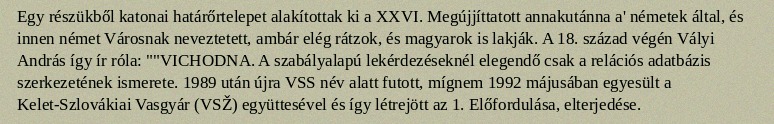
Egy részükből katonai határőrtelepet alakítottak ki a XXVI. Megújjíttatott annakutánna a' németek által, és innen német Városnak neveztetett, ambár elég rátzok, és magyarok is lakják. A 18. század végén Vályi András így ír róla: ""VICHODNA. A szabályalapú lekérdezéseknél elegendő csak a relációs adatbázis szerkezetének ismerete. 1989 után újra VSS név alatt futott, mígnem 1992 májusában egyesült a Kelet-Szlovákiai Vasgyár (VSŽ) együttesével és így létrejött az 1. Előfordulása, elterjedése.